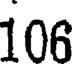
106